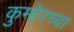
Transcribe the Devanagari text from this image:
कुम्हेरच्या